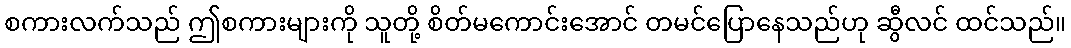
စကားလက်သည် ဤစကားများကို သူတို့ စိတ်မကောင်းအောင် တမင်ပြောနေသည်ဟု ဆွီလင် ထင်သည်။